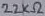
Text: 22KΩ